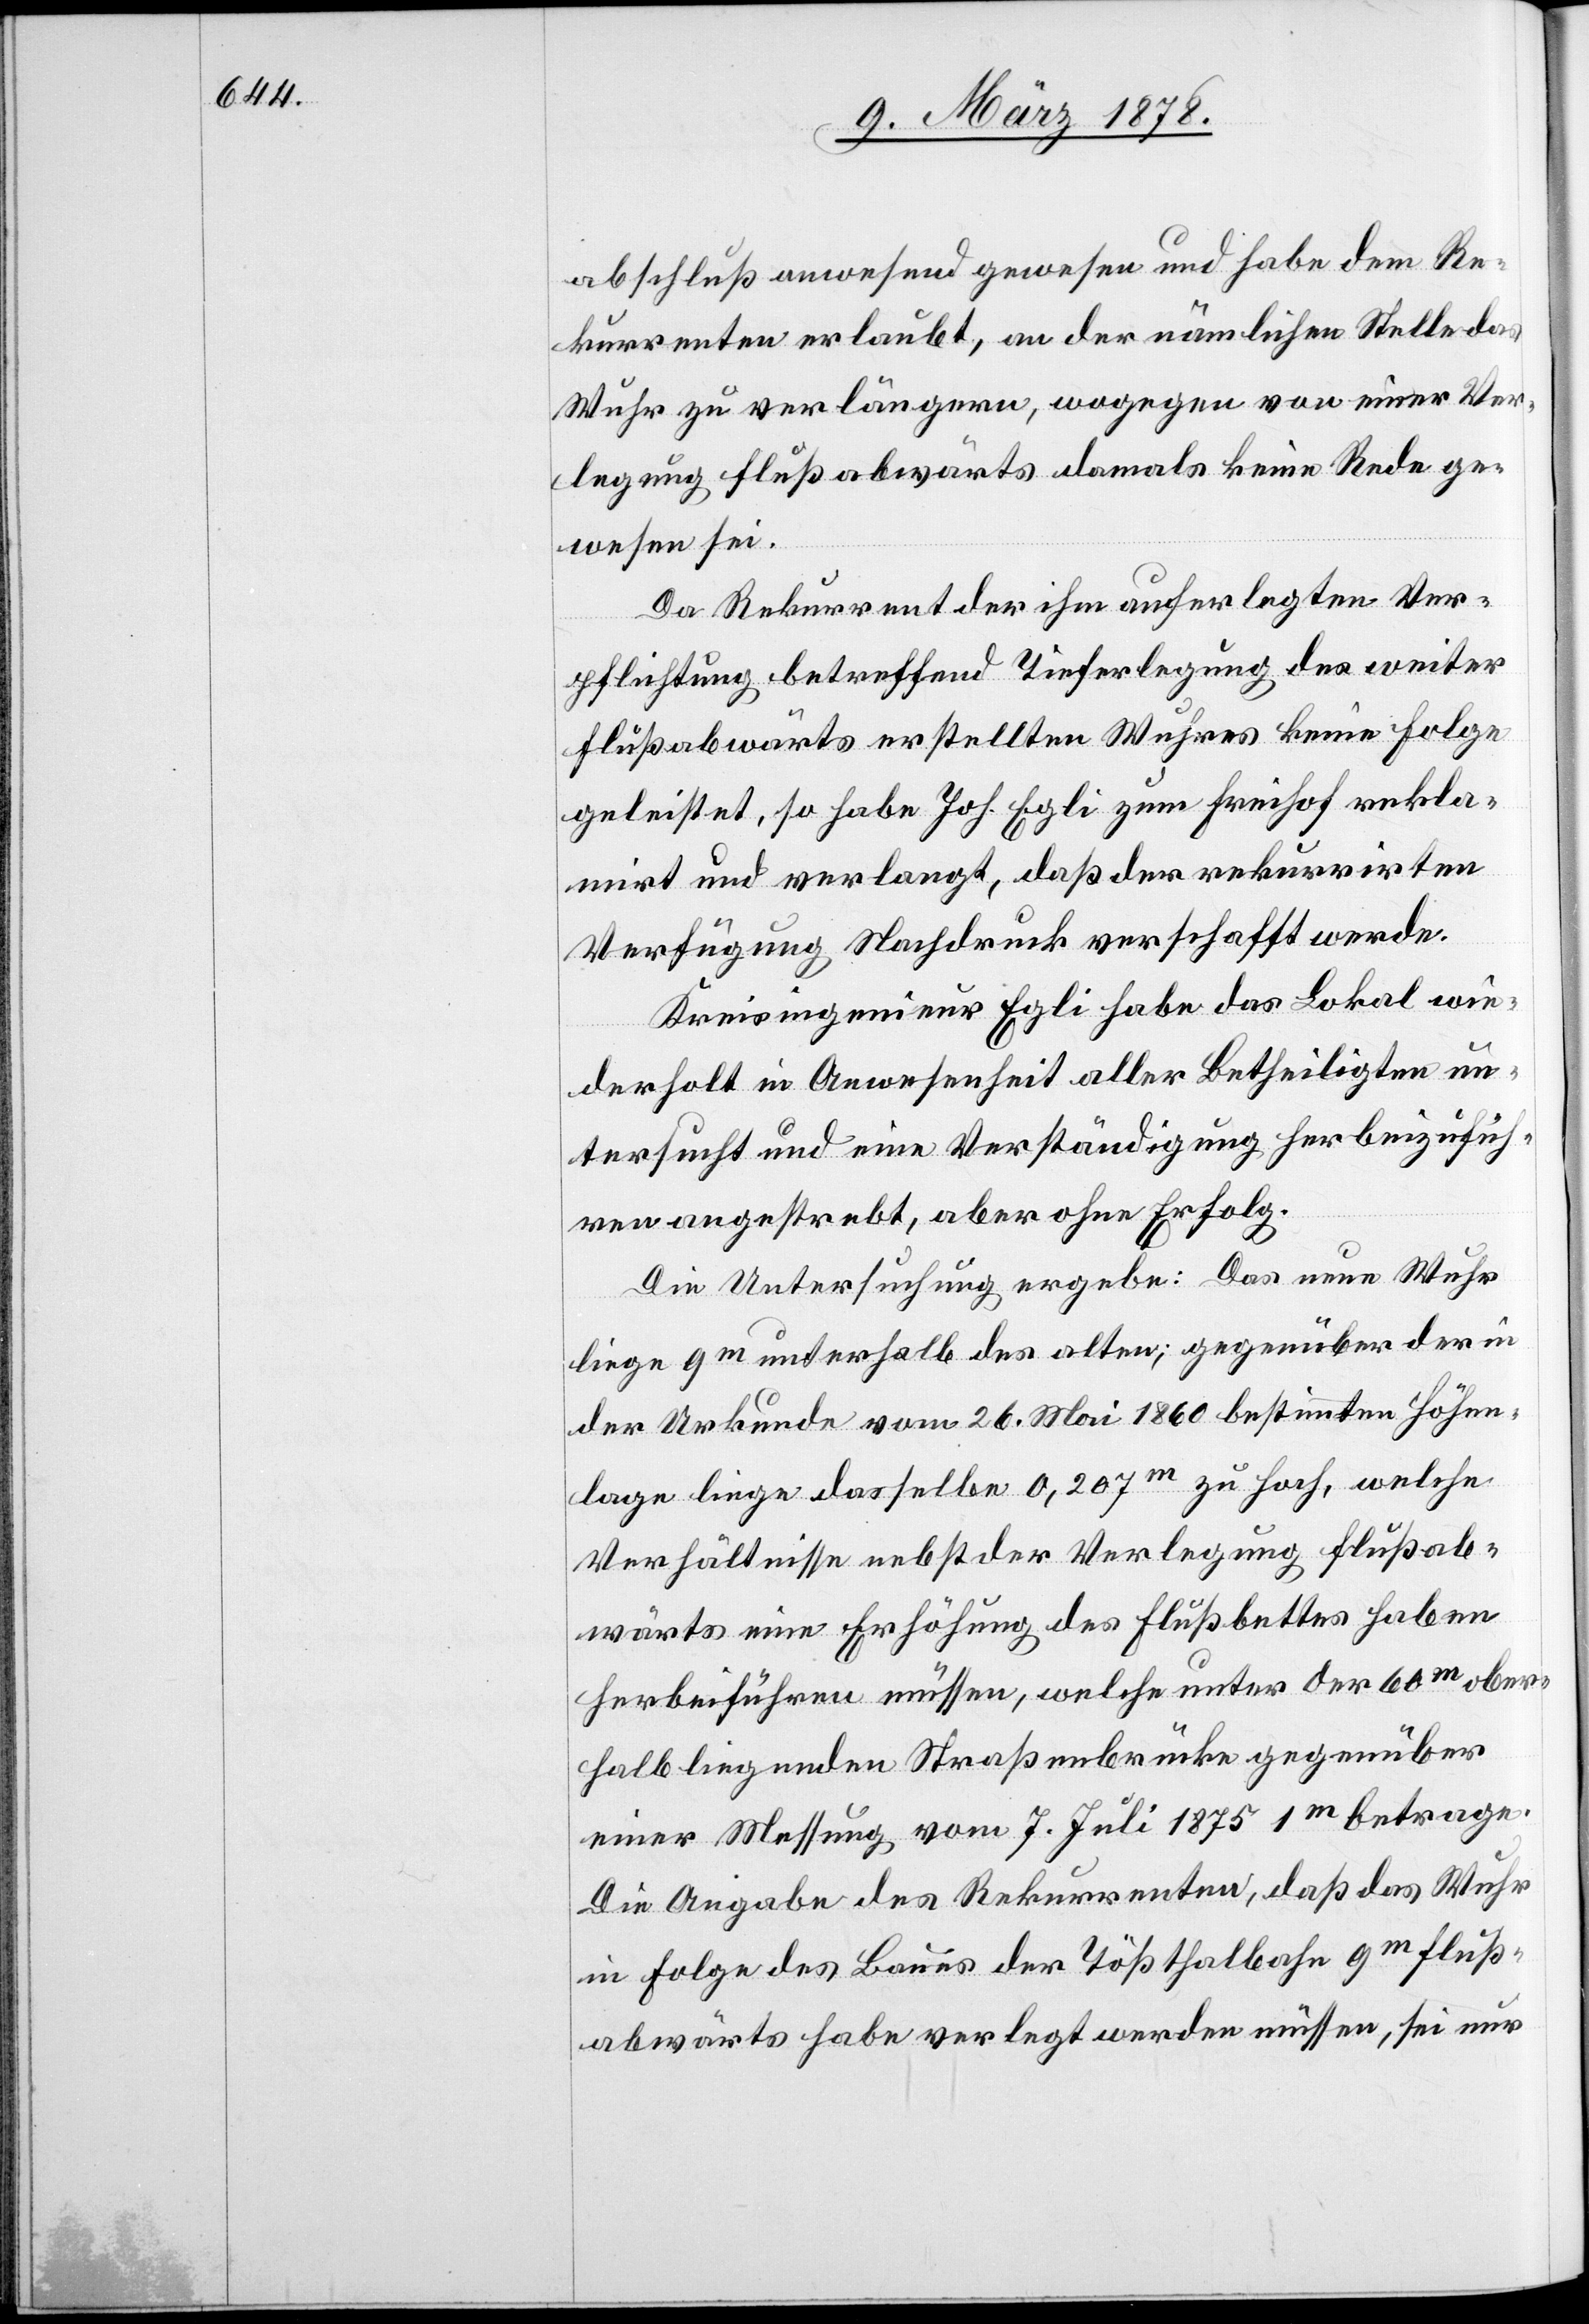
abschluß anwesend gewesen und habe dem Re¬
kurrenten erlaubt, an der nämlichen Stelle das
Wuhr zu verlängern, wogegen von einer Ver¬
legung flussabwärts damals keine Rede ge¬
wesen sei.
Da Rekurrent der ihm auferlegten Ver¬
pflichtung betreffend Tieferlegung des weiter
flußabwärts erstellten Wuhres keine Folge
geleistet, so habe Joh. Egli zum Freihof rekla¬
mirt und verlangt, daß der rekurrirten
Verfügung Nachdruck verschafft werde.
Kreisingenieur Egli habe das Lokal wie¬
derholt in Anwesenheit aller Betheiligten un¬
tersucht und eine Verständigung herbeizufüh¬
ren angestrebt, aber ohne Erfolg.
Die Untersuchung ergebe: Das neue Wuhr
liege 9m unterhalb des alten; gegenüber der in
der Urkunde vom 26. Mai 1860 bestimmten Höhen¬
lage liege dasselbe 0,207m zu hoch, welche
Verhältnisse nebst der Verlegung flussab¬
wärts eine Erhöhung des Flussbettes haben
herbeiführen müssen, welche unter der 60m ober¬
halb liegenden Straßenbrücke gegenüber
einer Messung vom 7. Juli 1875 1m betrage.
Die Angabe des Rekurrenten, daß das Wuhr
in Folge des Baues der Tößthalbahn 9m fluss¬
abwärts habe verlegt werden müssen, sei nur